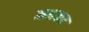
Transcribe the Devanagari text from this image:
मशकट